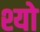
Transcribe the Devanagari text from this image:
श्यो